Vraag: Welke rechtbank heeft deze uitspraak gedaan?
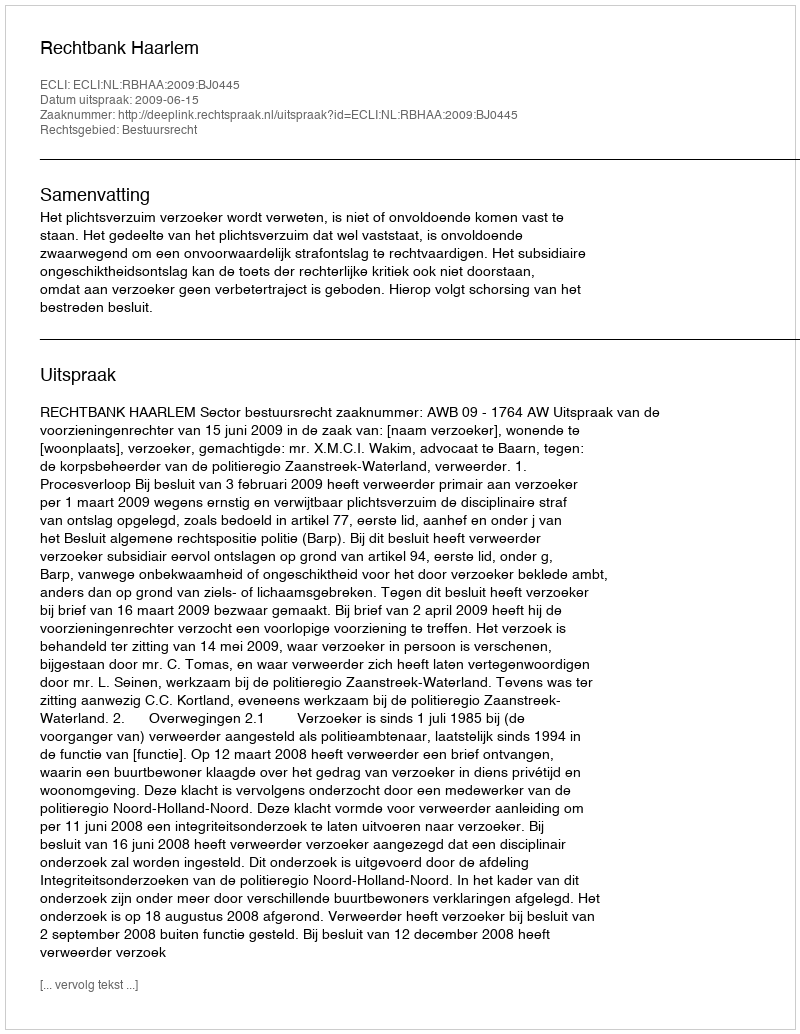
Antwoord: Rechtbank Haarlem